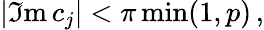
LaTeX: |\Im\mathrm{m}\, c_{j}|<\pi\operatorname*{min}(1,p)\, ,